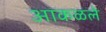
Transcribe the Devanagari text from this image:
आकळले